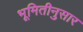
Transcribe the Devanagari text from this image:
भूमितीनुसार